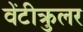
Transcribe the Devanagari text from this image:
वेंटीक्रुलर